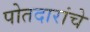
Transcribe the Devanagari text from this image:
पोतदारांचे